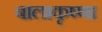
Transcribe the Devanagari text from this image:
बालाकृष्णा